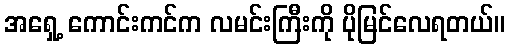
အရှေ့ ကောင်းကင်က လမင်းကြီးကို ပိုမြင်လေရတယ်။